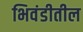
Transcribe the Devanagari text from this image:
भिवंडीतील